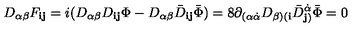
D _ { \alpha \beta } F _ { { \mathbf i } { \mathbf j } } = i ( D _ { \alpha \beta } D _ { { \mathbf i } { \mathbf j } } \Phi - D _ { \alpha \beta } { \bar { D } } _ { { \mathbf i } { \mathbf j } } { \bar { \Phi } } ) = 8 \partial _ { ( \alpha \dot { \alpha } } D _ { \beta ) ( { \mathbf i } } { \bar { D } } _ { { \mathbf j } ) } ^ { \dot { \alpha } } { \bar { \Phi } } = 0